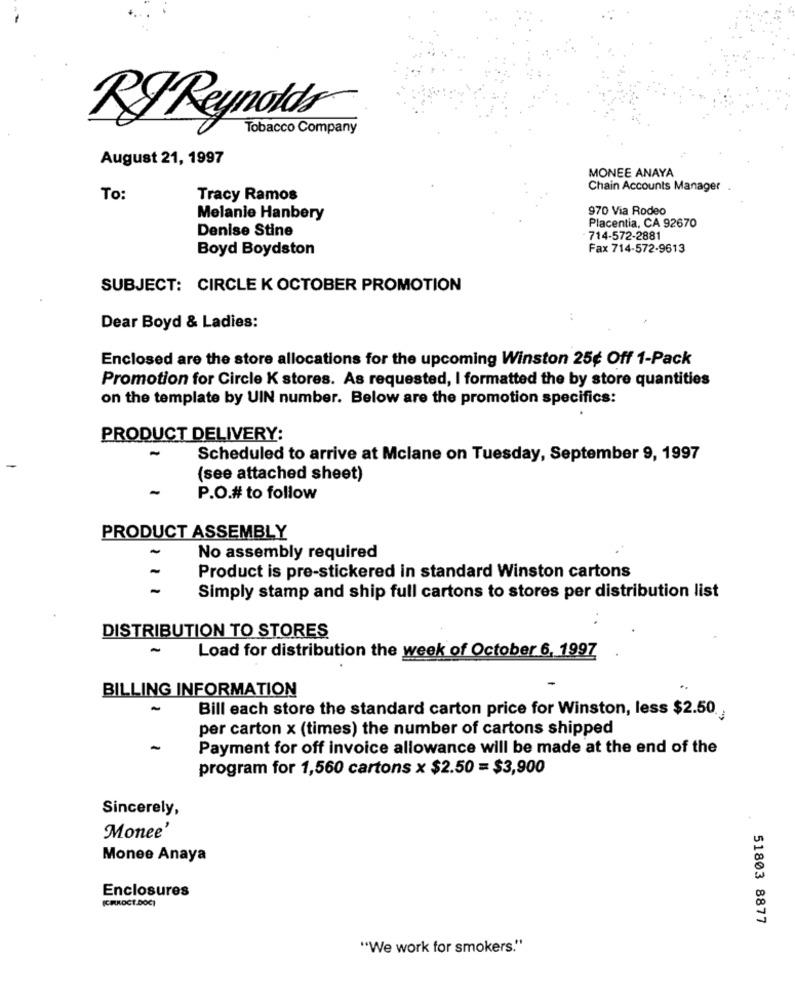
RJ Reynolds
Tobacco Company
August 21, 1997
MONEE ANAYA
Chain Accounts Manager
To:
Tracy Ramos
970 Via Rodeo
Melanie Hanbery
Denise Stine
Placentia, CA 92670
714-572-2881
Boyd Boydston
Fax 714-572-9613
SUBJECT: CIRCLE K OCTOBER PROMOTION
Dear Boyd & Ladies:
Enclosed are the store allocations for the upcoming Winston 25¢ Off 1-Pack
Promotion for Circle K stores. As requested, I formatted the by store quantities
on the template by UIN number. Below are the promotion specifics:
PRODUCT DELIVERY:
Scheduled to arrive at Mclane on Tuesday, September 9, 1997
(see attached sheet)
P.O.# to follow
PRODUCT ASSEMBLY
No assembly required
Product is pre-stickered in standard Winston cartons
1.1
Simply stamp and ship full cartons to stores per distribution list
DISTRIBUTION TO STORES
Load for distribution the week of October 6, 1997
BILLING INFORMATION
Bill each store the standard carton price for Winston, less $2.50.
per carton x (times) the number of cartons shipped
-
Payment for off invoice allowance will be made at the end of the
program for 1,560 cartons x $2.50 = $3,900
Sincerely,
Monee'
Monee Anaya
Enclosures
(CIRKOCT.DOC)
51803 8877
"We work for smokers."